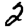
Digit: 2